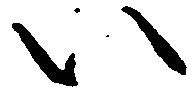
い